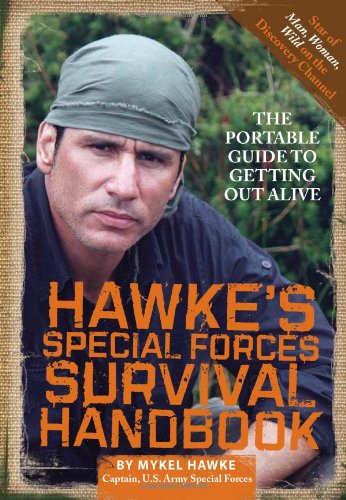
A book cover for Hawke's Special Forces Survival Handbook: The Portable Guide to Getting Out Alive; Mykel Hawke; Reference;